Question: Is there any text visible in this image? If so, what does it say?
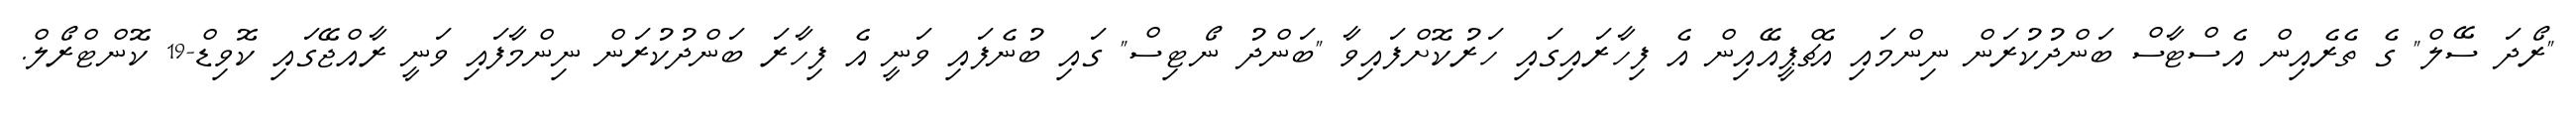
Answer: "ރޯދަ ސޭލް" ގެ ތެރެއިން އެސްޓާސް ބަންދުކުރަން ނިންމައި އެޗްޕީއޭއިން އެ ފިހާރައިގައި ހަރުކޮށްފައިވާ "ބަންދު ނޯޓިސް" ގައި ބުނެފައި ވަނީ އެ ފިހާރަ ބަންދުކުރަން ނިންމާފައި ވަނީ ރާއްޖޭގައި ކޮވިޑް-19 ކޮންޓްރޯލް.